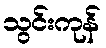
သွင်းကုန်